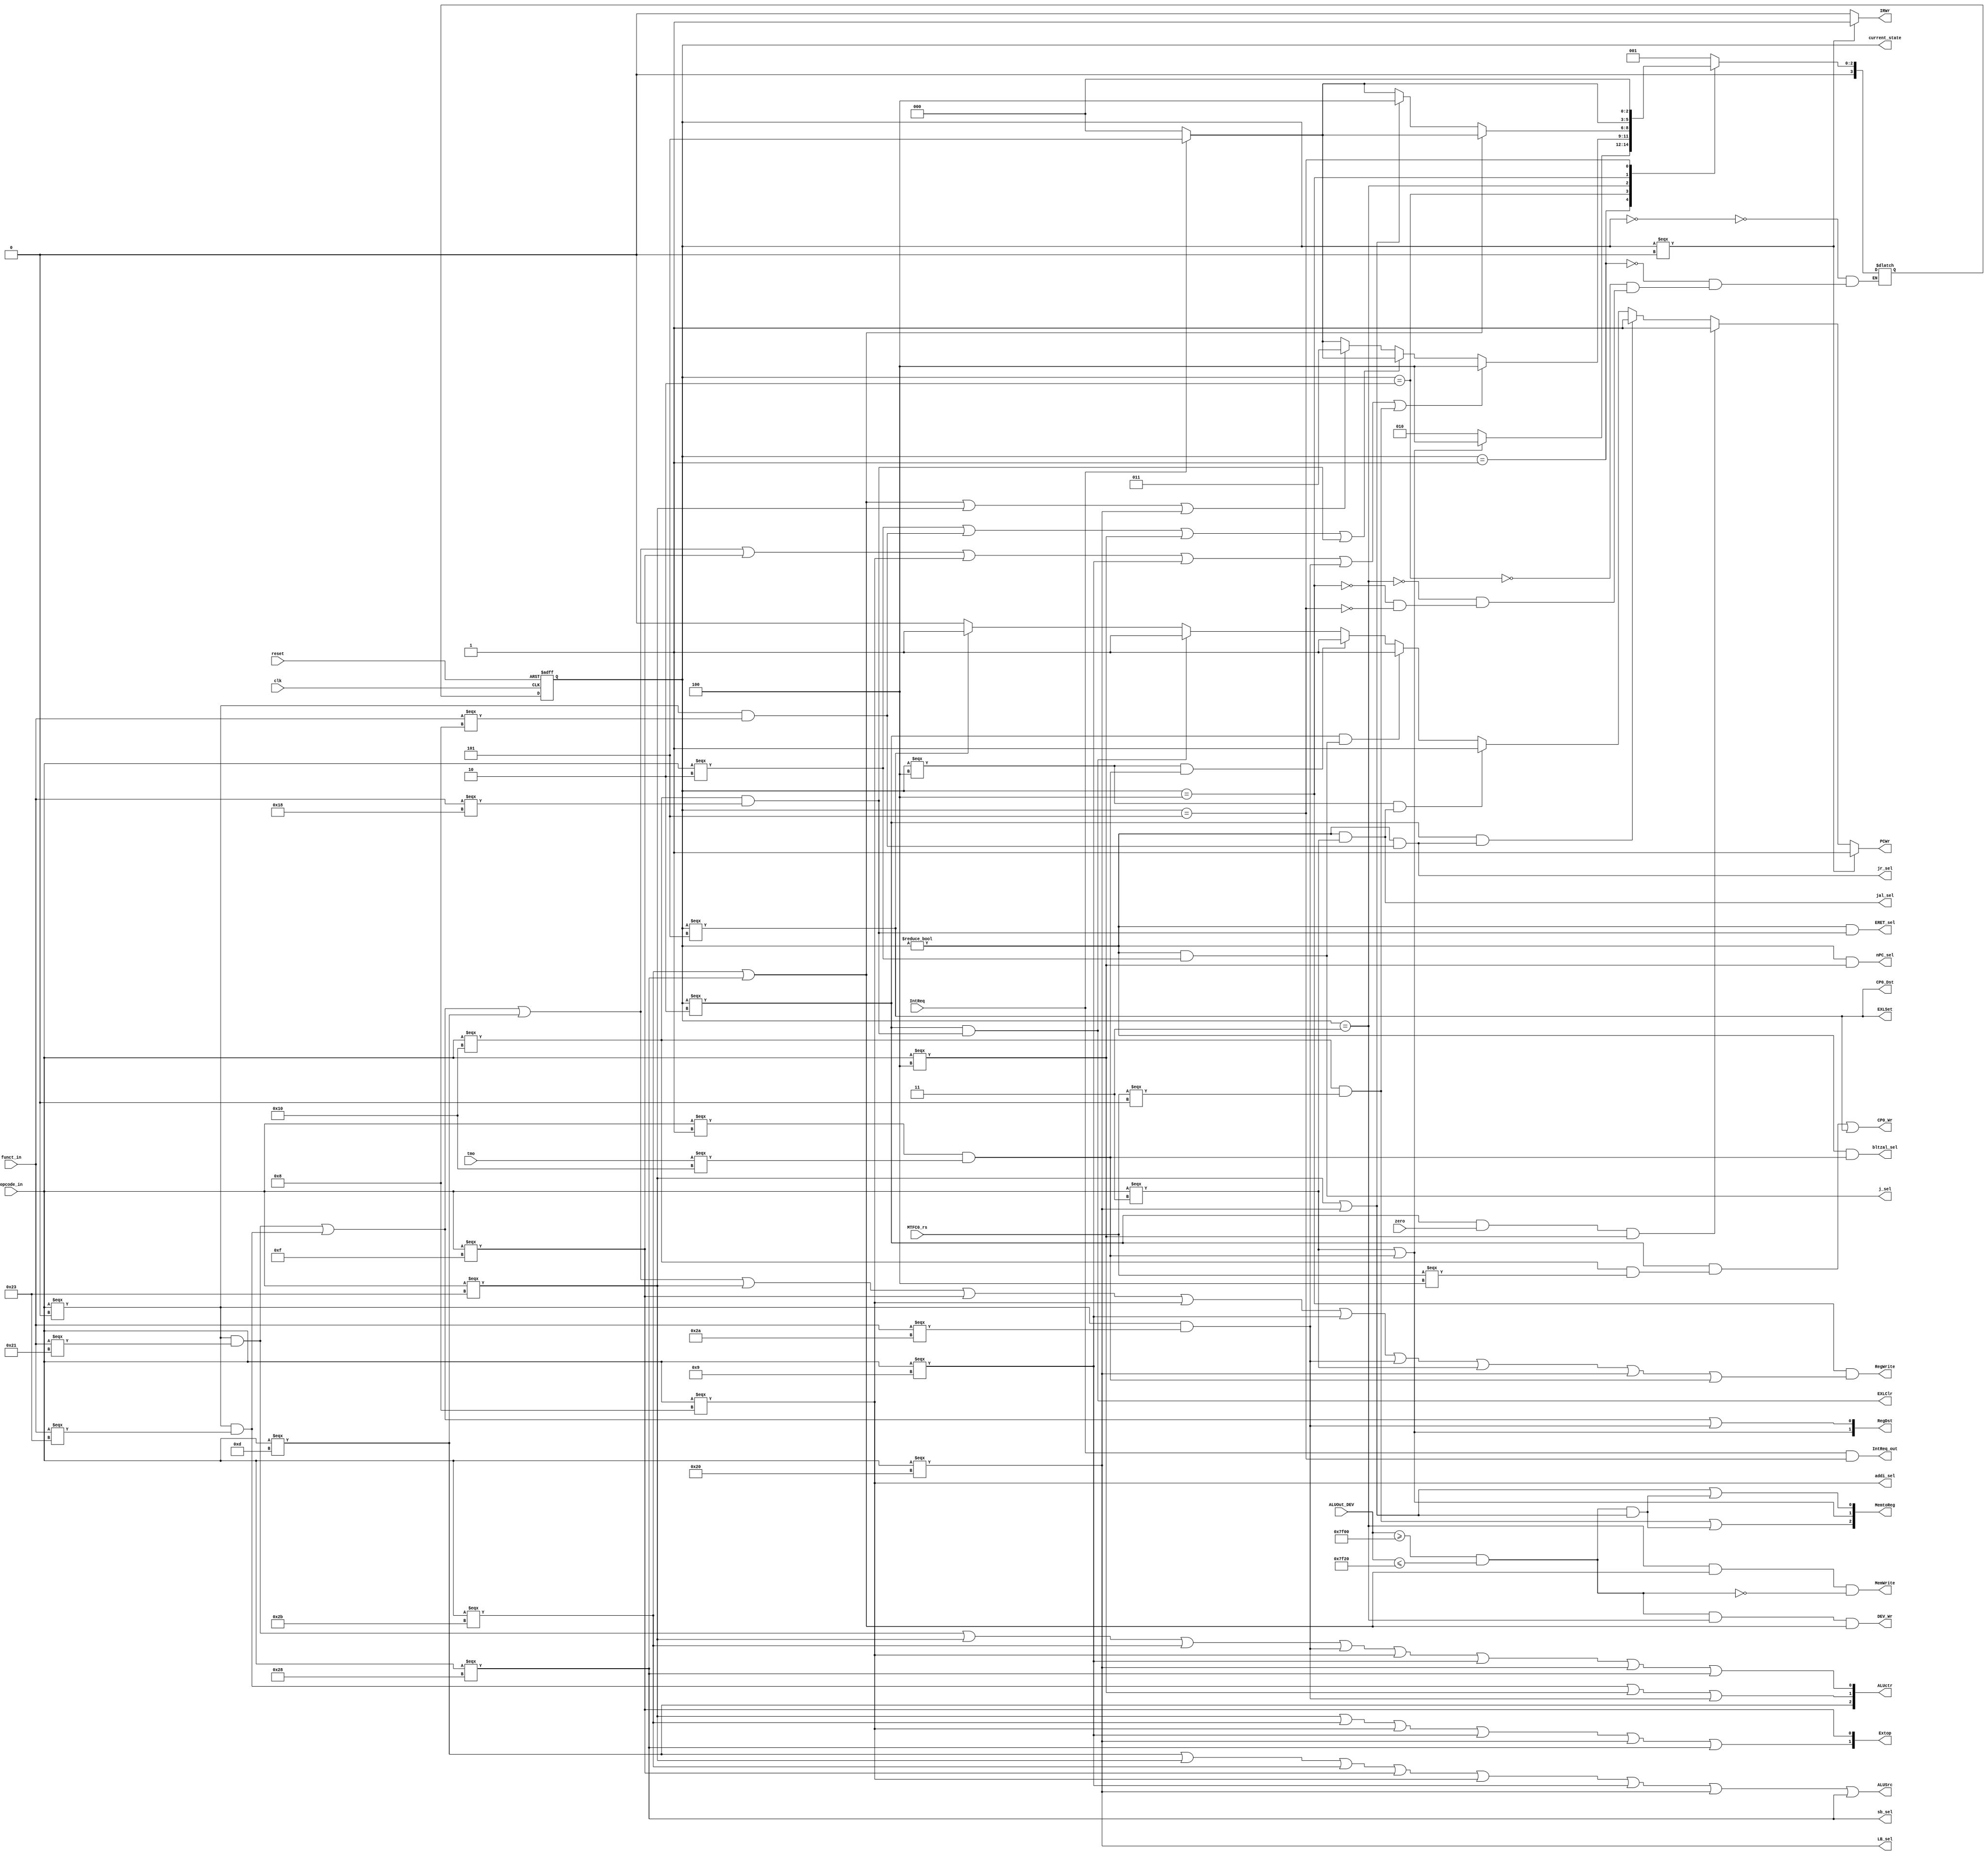
module Controller_module(clk, reset, zero, opcode_in, funct_in, RegDst, ALUSrc, MemtoReg, RegWrite, MemWrite, 
                         nPC_sel, Extop, j_sel, ALUctr, jr_sel, jal_sel, addi_sel, PCWr, IRWr, LB_sel, sb_sel, 
                         tmo, bltzal_sel, MTFC0_rs, IntReq, EXLSet, EXLClr, CP0_Wr, CP0_Dst, DEV_Wr, ALUOut_DEV, 
                         IntReq_out, ERET_sel, current_state);
                         
    input clk, reset, zero, IntReq;
    input [5:0]opcode_in;
    input [5:0]funct_in;
    input [4:0]tmo;
    input [4:0]MTFC0_rs;
    input [31:0]ALUOut_DEV;
    
    output [3:0]current_state;
    parameter S0 = 0, S1 = 1, S2 = 2, S3 = 3, S4 = 4, S5 = 5;
    reg [3:0]current_state, next_state;
    output ALUSrc, RegWrite, MemWrite, nPC_sel, j_sel, jr_sel, jal_sel, addi_sel, PCWr, IRWr, LB_sel, sb_sel, bltzal_sel;
    output [1:0]RegDst, Extop;
    output [2:0]ALUctr;
    output [2:0]MemtoReg;
    
    output EXLSet, EXLClr, CP0_Wr, CP0_Dst, DEV_Wr, IntReq_out, ERET_sel;
    
    wire [5:0]addu_opcode = 6'b000000, addu_funct = 6'b100001;
    wire [5:0]subu_opcode = 6'b000000, subu_funct = 6'b100011;
    wire [5:0]ori_opcode = 6'b001101;
    wire [5:0]lw_opcode = 6'b100011;
    wire [5:0]sw_opcode = 6'b101011;
    wire [5:0]beq_opcode = 6'b000100;
    wire [5:0]lui_opcode = 6'b001111;
    wire [5:0]j_opcode = 6'b000010;

    wire [5:0]addi_opcode = 6'b001000;   // addi
    wire [5:0]addiu_opcode = 6'b001001;  // addiu
    wire [5:0]slt_opcode = 6'b000000;    // slt
    wire [5:0]slt_funct = 6'b101010;
    wire [5:0]jal_opcode = 6'b000011;    // jal
    wire [5:0]jr_opcode = 6'b000000;     // jr
    wire [5:0]jr_funct = 6'b001000;
    wire [5:0]LB_opcode = 6'b100000;
    wire [5:0]SB_opcode = 6'b101000;
    wire [5:0]bltzal_opcode = 6'b000001;
    wire [4:0]bltzal_tmp = 6'b10000;
    wire [5:0]MTC0_opcode = 6'b010000;
    wire [5:0]MFC0_opcode = 6'b010000;
    wire [4:0]MTC0_rs = 5'b00100;
    wire [4:0]MFC0_rs = 5'b00000;
    wire [5:0]ERET_opcode = 6'b010000;
    wire [5:0]ERET_funct = 6'b011000;
    
    
    wire addu = (opcode_in === addu_opcode && funct_in === addu_funct);
    wire subu = (opcode_in === subu_opcode && funct_in === subu_funct);
    wire ori = opcode_in === ori_opcode;
    wire lw = opcode_in === lw_opcode;
    wire sw = opcode_in === sw_opcode;
    wire beq = opcode_in === beq_opcode;
    wire lui = opcode_in === lui_opcode;
    wire j = opcode_in === j_opcode;
    wire addi = opcode_in === addi_opcode;
    wire addiu = opcode_in === addiu_opcode;
    wire slt = (opcode_in === slt_opcode && funct_in === slt_funct);
    wire jal = opcode_in === jal_opcode;
    wire jr = (opcode_in === jr_opcode && funct_in === jr_funct);
    wire bltzal = (opcode_in === bltzal_opcode && tmo === bltzal_tmp);
    wire lb = opcode_in === LB_opcode;
    wire sb = opcode_in === SB_opcode;
    wire MFC0 = (opcode_in === MFC0_opcode && MTFC0_rs === MFC0_rs);
    wire MTC0 = (opcode_in === MTC0_opcode && MTFC0_rs === MTC0_rs);
    wire ERET = (opcode_in === ERET_opcode && funct_in === ERET_funct);
    
    
    assign RegDst[0] = addu || subu || slt;  
    assign RegDst[1] = jal || bltzal;
    assign ALUSrc = ori || lw || sw || lui || addi || addiu || lb || sb;
    assign MemtoReg[0] = lw || lb || ((ALUOut_DEV >= 32'h00007f00 && ALUOut_DEV <= 32'h00007f20) && (lw || lb));
    assign MemtoReg[1] = jal || bltzal;
    assign MemtoReg[2] = MFC0 || ((ALUOut_DEV >= 32'h00007f00 && ALUOut_DEV <= 32'h00007f20) && (lw || lb));
    
    
    assign RegWrite = (current_state == S4 && (addu || subu || ori || lw || lui || addi || addiu || slt || jal || lb || bltzal));  
    assign MemWrite = (current_state == S3 && (sw || sb) && (!(ALUOut_DEV >= 32'h00007f00 && ALUOut_DEV <= 32'h00007f20)));
    assign nPC_sel = (current_state != S0 && beq);
    assign j_sel = (current_state != S0 && j);
    assign Extop[0] = lui;
    assign Extop[1] = lw || sw || addi || addiu || lb || sb;
    assign ALUctr[0] = addu || lw || sw || slt || addi || addiu || lb || sb;
    assign ALUctr[1] = subu || beq || slt;
    assign ALUctr[2] = ori;
    assign jr_sel = (current_state != S0 && jr);
    assign jal_sel = (current_state != S0 && jal);
    assign addi_sel = addi;
    assign LB_sel = lb;
    assign sb_sel = sb;
    assign bltzal_sel = (current_state != S0 && bltzal);
    assign PCWr = current_state === S0 ? 1 : (current_state === S2 && zero == 1 && beq) ? 1 : 
                 (current_state === S2 && jr_sel) ? 1 : (current_state === S4 && jal_sel) ? 1 :
                 (current_state === S2 && j_sel) ? 1 : (current_state === S4 && bltzal) ? 1 : 
                 (current_state === S2 & ERET) ? 1 : (current_state === S5) ? 1 : 0;  //
                 
    assign IRWr = current_state === S0 ? 1 : 0;
    assign ERET_sel = (current_state != S0 && ERET);
    assign IntReq_out = (IntReq & (current_state == S5));
    
    
    // EXLSet, EXLClr, CP0_Wr, CP0_Dst, DEV_Wr;
    assign EXLSet = (current_state === S5);
    assign EXLClr = (current_state === S2) & ERET;
    assign CP0_Wr = ((current_state === S2) & MTC0)|(current_state === S5);
    assign CP0_Dst = (current_state === S5); // 0 choose rd, 1 choose 14 reg
    assign DEV_Wr = (ALUOut_DEV >= 32'h00007f00 && ALUOut_DEV <= 32'h00007f20) && (current_state == S3) && (sw || sb);
     
    always @ (posedge clk or posedge reset)
        if(reset) current_state <= S0;
        else current_state <= next_state;   
    
    always @ (*)
        case(current_state)
        S0: next_state = S1;
        S1: 
        begin 
        if(jal || bltzal) 
            next_state = S4;  
        else next_state = S2; 
        end 
        S2: begin
            if(addu||subu||ori||lui||addi||addiu||slt||MFC0)
                next_state = S4;
            else if(j||jr||beq||ERET)
              begin 
                if(IntReq)
                  next_state = S5;
                else next_state = S0;
              end
            else if(sw||sb||lw||lb) next_state = S3;
            else 
              begin
                if(IntReq)
                  next_state = S5;
                else next_state = S0;
              end
            end
        S3: if(sw||sb) 
              begin
                if(IntReq)
                  next_state = S5;
                else next_state = S0;
              end
            else if(lw||lb) next_state = S4;
            else 
              begin
                if(IntReq)
                  next_state = S5;
                else next_state = S0; 
              end
        S4: 
          begin
            if(IntReq)
              next_state = S5;
            else next_state = S0;
          end
        S5: next_state = S0;
        endcase

endmodule